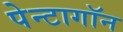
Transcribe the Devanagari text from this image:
पेन्टागॉन